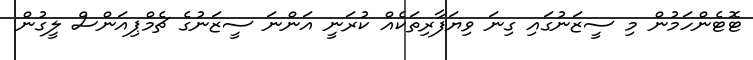
ޓޮޓެންހަމުން މި ސީޒަނުގައި ގިނަ ވިޔަފާރިތަކެއް ކުރަނީ އަންނަ ސީޒަނުގެ ޗެމްޕިއަންސް ލީގުން